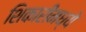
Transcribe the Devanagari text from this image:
शिकारींमध्ये